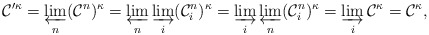
\begin{align*}\mathcal C'^\kappa = \varprojlim_n (\mathcal C^n)^\kappa = \varprojlim_n \varinjlim_i (\mathcal C_i^n)^\kappa = \varinjlim_i \varprojlim_n (\mathcal C_i^n)^\kappa = \varinjlim_i \mathcal C^\kappa = \mathcal C^\kappa,\end{align*}